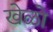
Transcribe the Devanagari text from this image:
खेळो